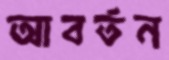
আবর্তন